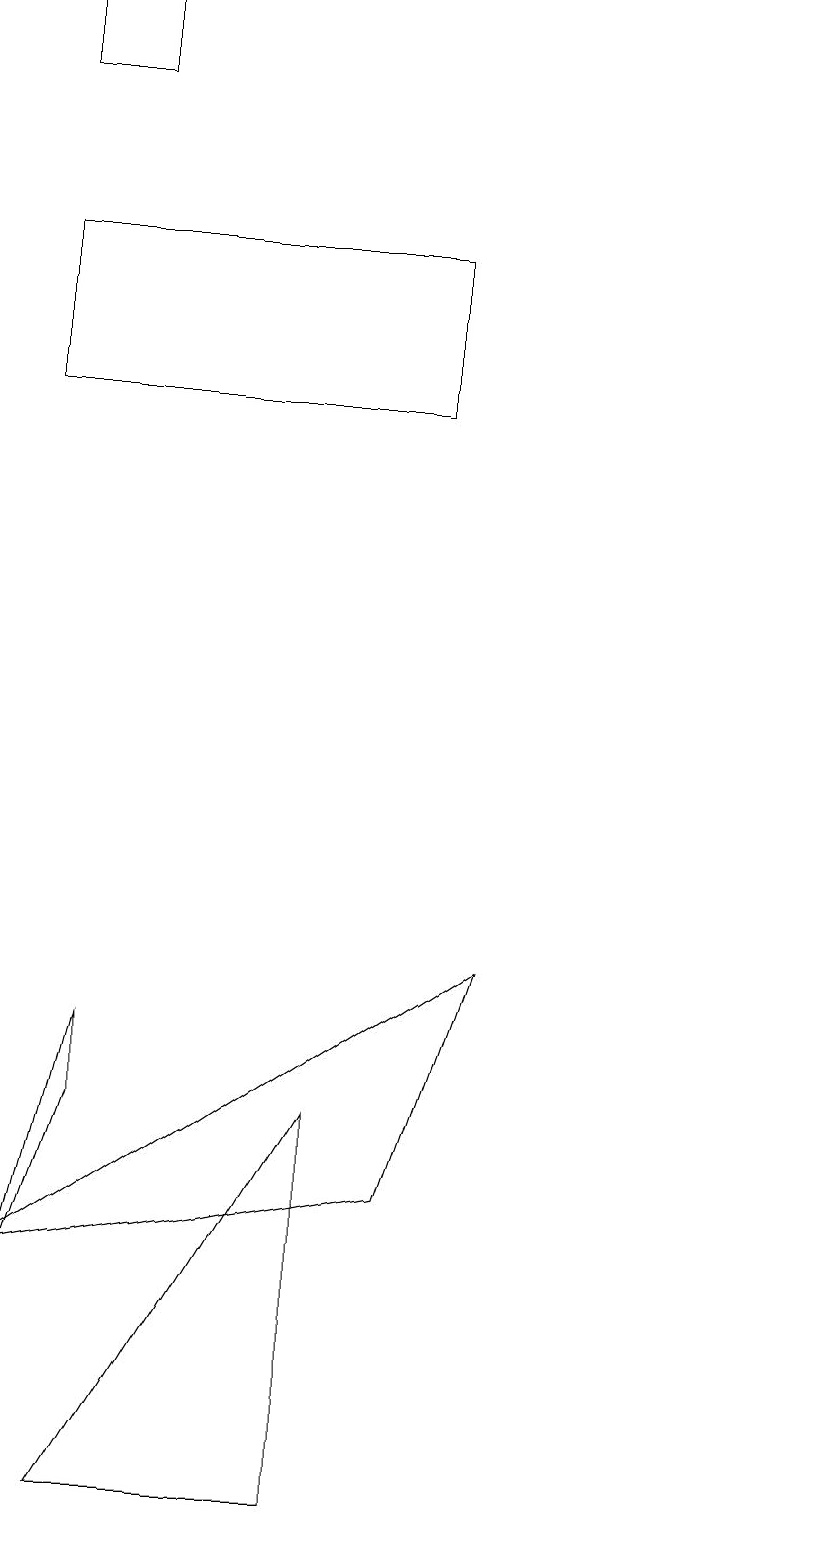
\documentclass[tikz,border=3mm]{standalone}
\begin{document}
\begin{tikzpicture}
\draw (4,0) -- (4,5) -- (1,0) -- cycle;
\draw (0,16) rectangle (5,14);
\draw (1,5) -- (0,2) -- (1,6) -- cycle;
\draw (0,18) rectangle (1,19);
\draw (10,12) circle (0);
\draw (5,4) -- (0,3) -- (6,7) -- cycle;
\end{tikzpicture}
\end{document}